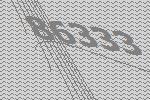
86333